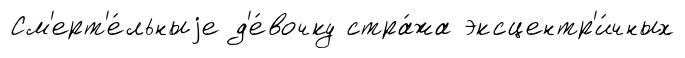
См'ерт'е́льныjе д'е́вочку стра́жа эксцентр'и́чных